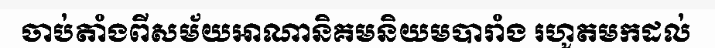
ចាប់តាំងពីសម័យអាណានិគមនិយមបារាំង រហូតមកដល់